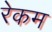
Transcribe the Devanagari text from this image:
रेकम